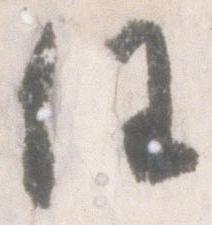
任